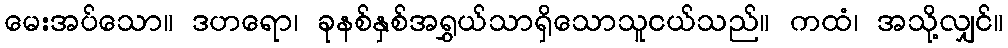
မေးအပ်သော။ ဒဟရော၊ ခုနစ်နှစ်အရွှယ်သာရှိသောသူငယ်သည်။ ကထံ၊ အသို့လျှင်။